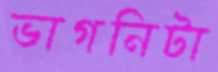
ভাগনিটা